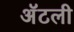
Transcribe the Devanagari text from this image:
अॅटली